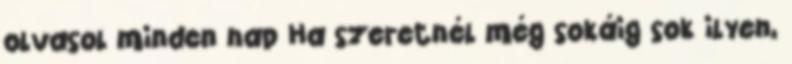
olvasol minden nap Ha szeretnél még sokáig sok ilyen,